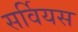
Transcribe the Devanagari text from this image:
सर्वियस